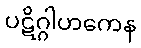
ပဋိဂ္ဂါဟကေန